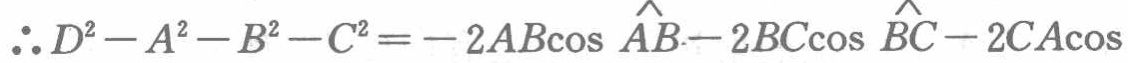
\(\therefore D^{2}-A^{2}-B^{2}-C^{2}=-2AB\cos \overset{\frown}{AB}-2BC\cos \overset{\frown}{BC}-2CA\cos\)